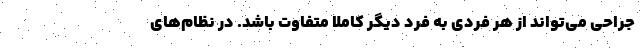
جراحی می‌تواند از هر فردی به فرد دیگر کاملا متفاوت باشد. در نظام‌های